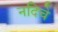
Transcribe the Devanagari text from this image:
नदिचे